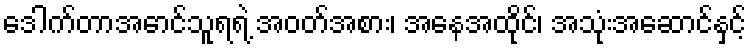
ဒေါက်တာအောင်သူရရဲ့ အဝတ်အစား၊ အနေအထိုင်၊ အသုံးအဆောင်နှင့်